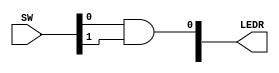
module TopLevel (
    input [9:0] SW,
    output [9:0] LEDR
);

// assign LEDR[0] = SW[0] & SW[1]
and (LEDR[0], SW[0], SW[1]);
    
endmodule